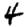
Digit: 4